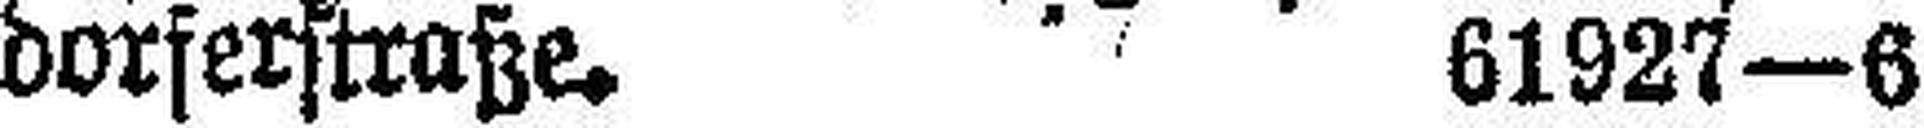
dorferstraße. 61927—6